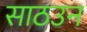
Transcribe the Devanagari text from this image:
साठउन